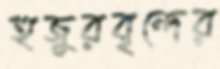
হুজুরবৃন্দের